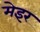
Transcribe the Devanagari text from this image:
मेइर